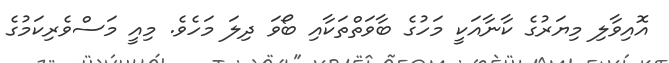
އޮއިވާލި މިޔަރުގެ ކާނާއަކީ މަހުގެ ބާވަތްތަކާއި ބޯވަ ދިލަ މަހެވެ. މިއީ މަސްވެރިކަމުގެ